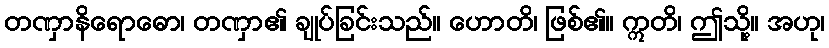
တဏှာနိရောဓော၊ တဏှာ၏ ချုပ်ခြင်းသည်။ ဟောတိ၊ ဖြစ်၏။ ဣတိ၊ ဤသို့။ အဟု၊